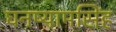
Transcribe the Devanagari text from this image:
घनष्यामसिंह